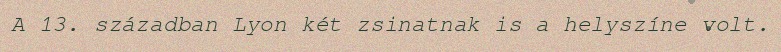
A 13. században Lyon két zsinatnak is a helyszíne volt.